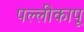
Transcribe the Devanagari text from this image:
पल्लीकापू